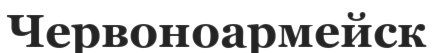
Червоноармейск